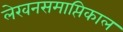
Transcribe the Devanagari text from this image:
लेखनसमाप्तिकाल